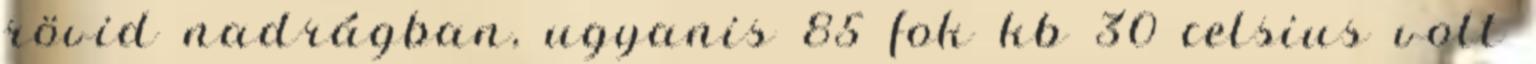
rövid nadrágban, ugyanis 85 fok kb 30 celsius volt